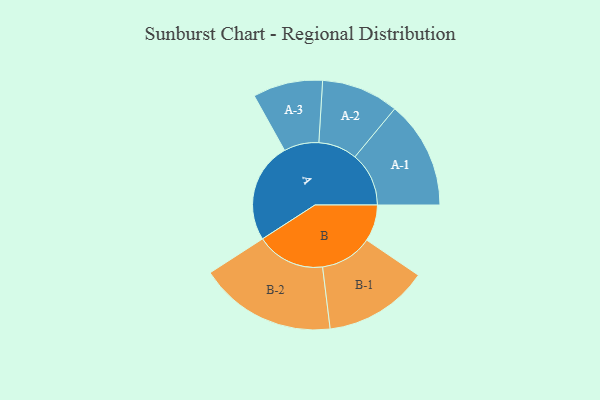
{"axis": {"x": "Segment", "y": "Value"}, "legend": ["", "A", "B"], "data": [{"x": "A", "y": 428, "type": ""}, {"x": "B", "y": 156, "type": ""}, {"x": "A-1", "y": 230, "type": "A"}, {"x": "A-2", "y": 165, "type": "A"}, {"x": "A-3", "y": 149, "type": "A"}, {"x": "B-1", "y": 223, "type": "B"}, {"x": "B-2", "y": 293, "type": "B"}]}